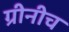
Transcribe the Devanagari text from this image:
ग्रीनीच